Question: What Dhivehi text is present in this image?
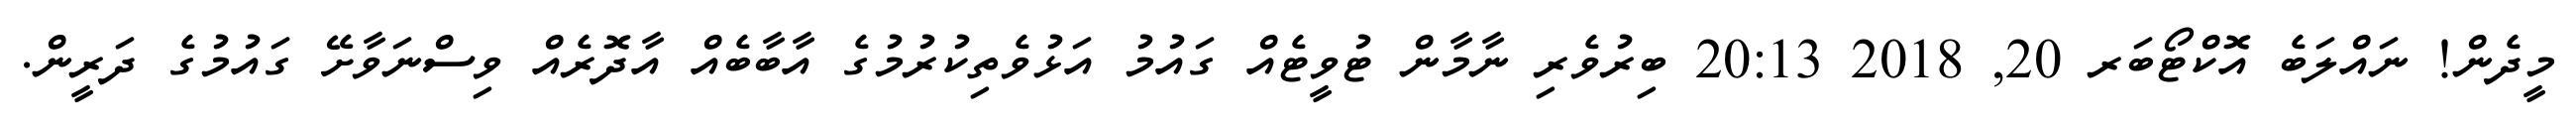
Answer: މީދެން! ނައްލަބެ އޮކްޓޯބަރ 20, 2018 20:13 ބިރުވެރި ނާމާން ޓުވީޓެއް ގައުމު އަޅުވެތިކުރުމުގެ އާބާބެއް އާދޮރެއް ވިސްނަވާށޭ ގައުމުގެ ދަރީން.